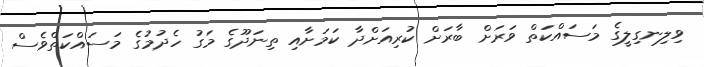
ވިލިނގިލީގެ މަސައްކަތް ވަރަށް ބާރަށް ކުރިއަށްދާ ކަމަށާއި ތިނަދޫގެ މަގު ހެދުމުގެ މަސައްކަތްވެސް